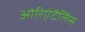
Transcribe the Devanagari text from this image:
ओरिएंटैलिस